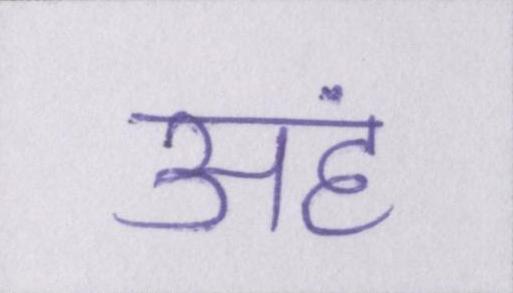
अहं